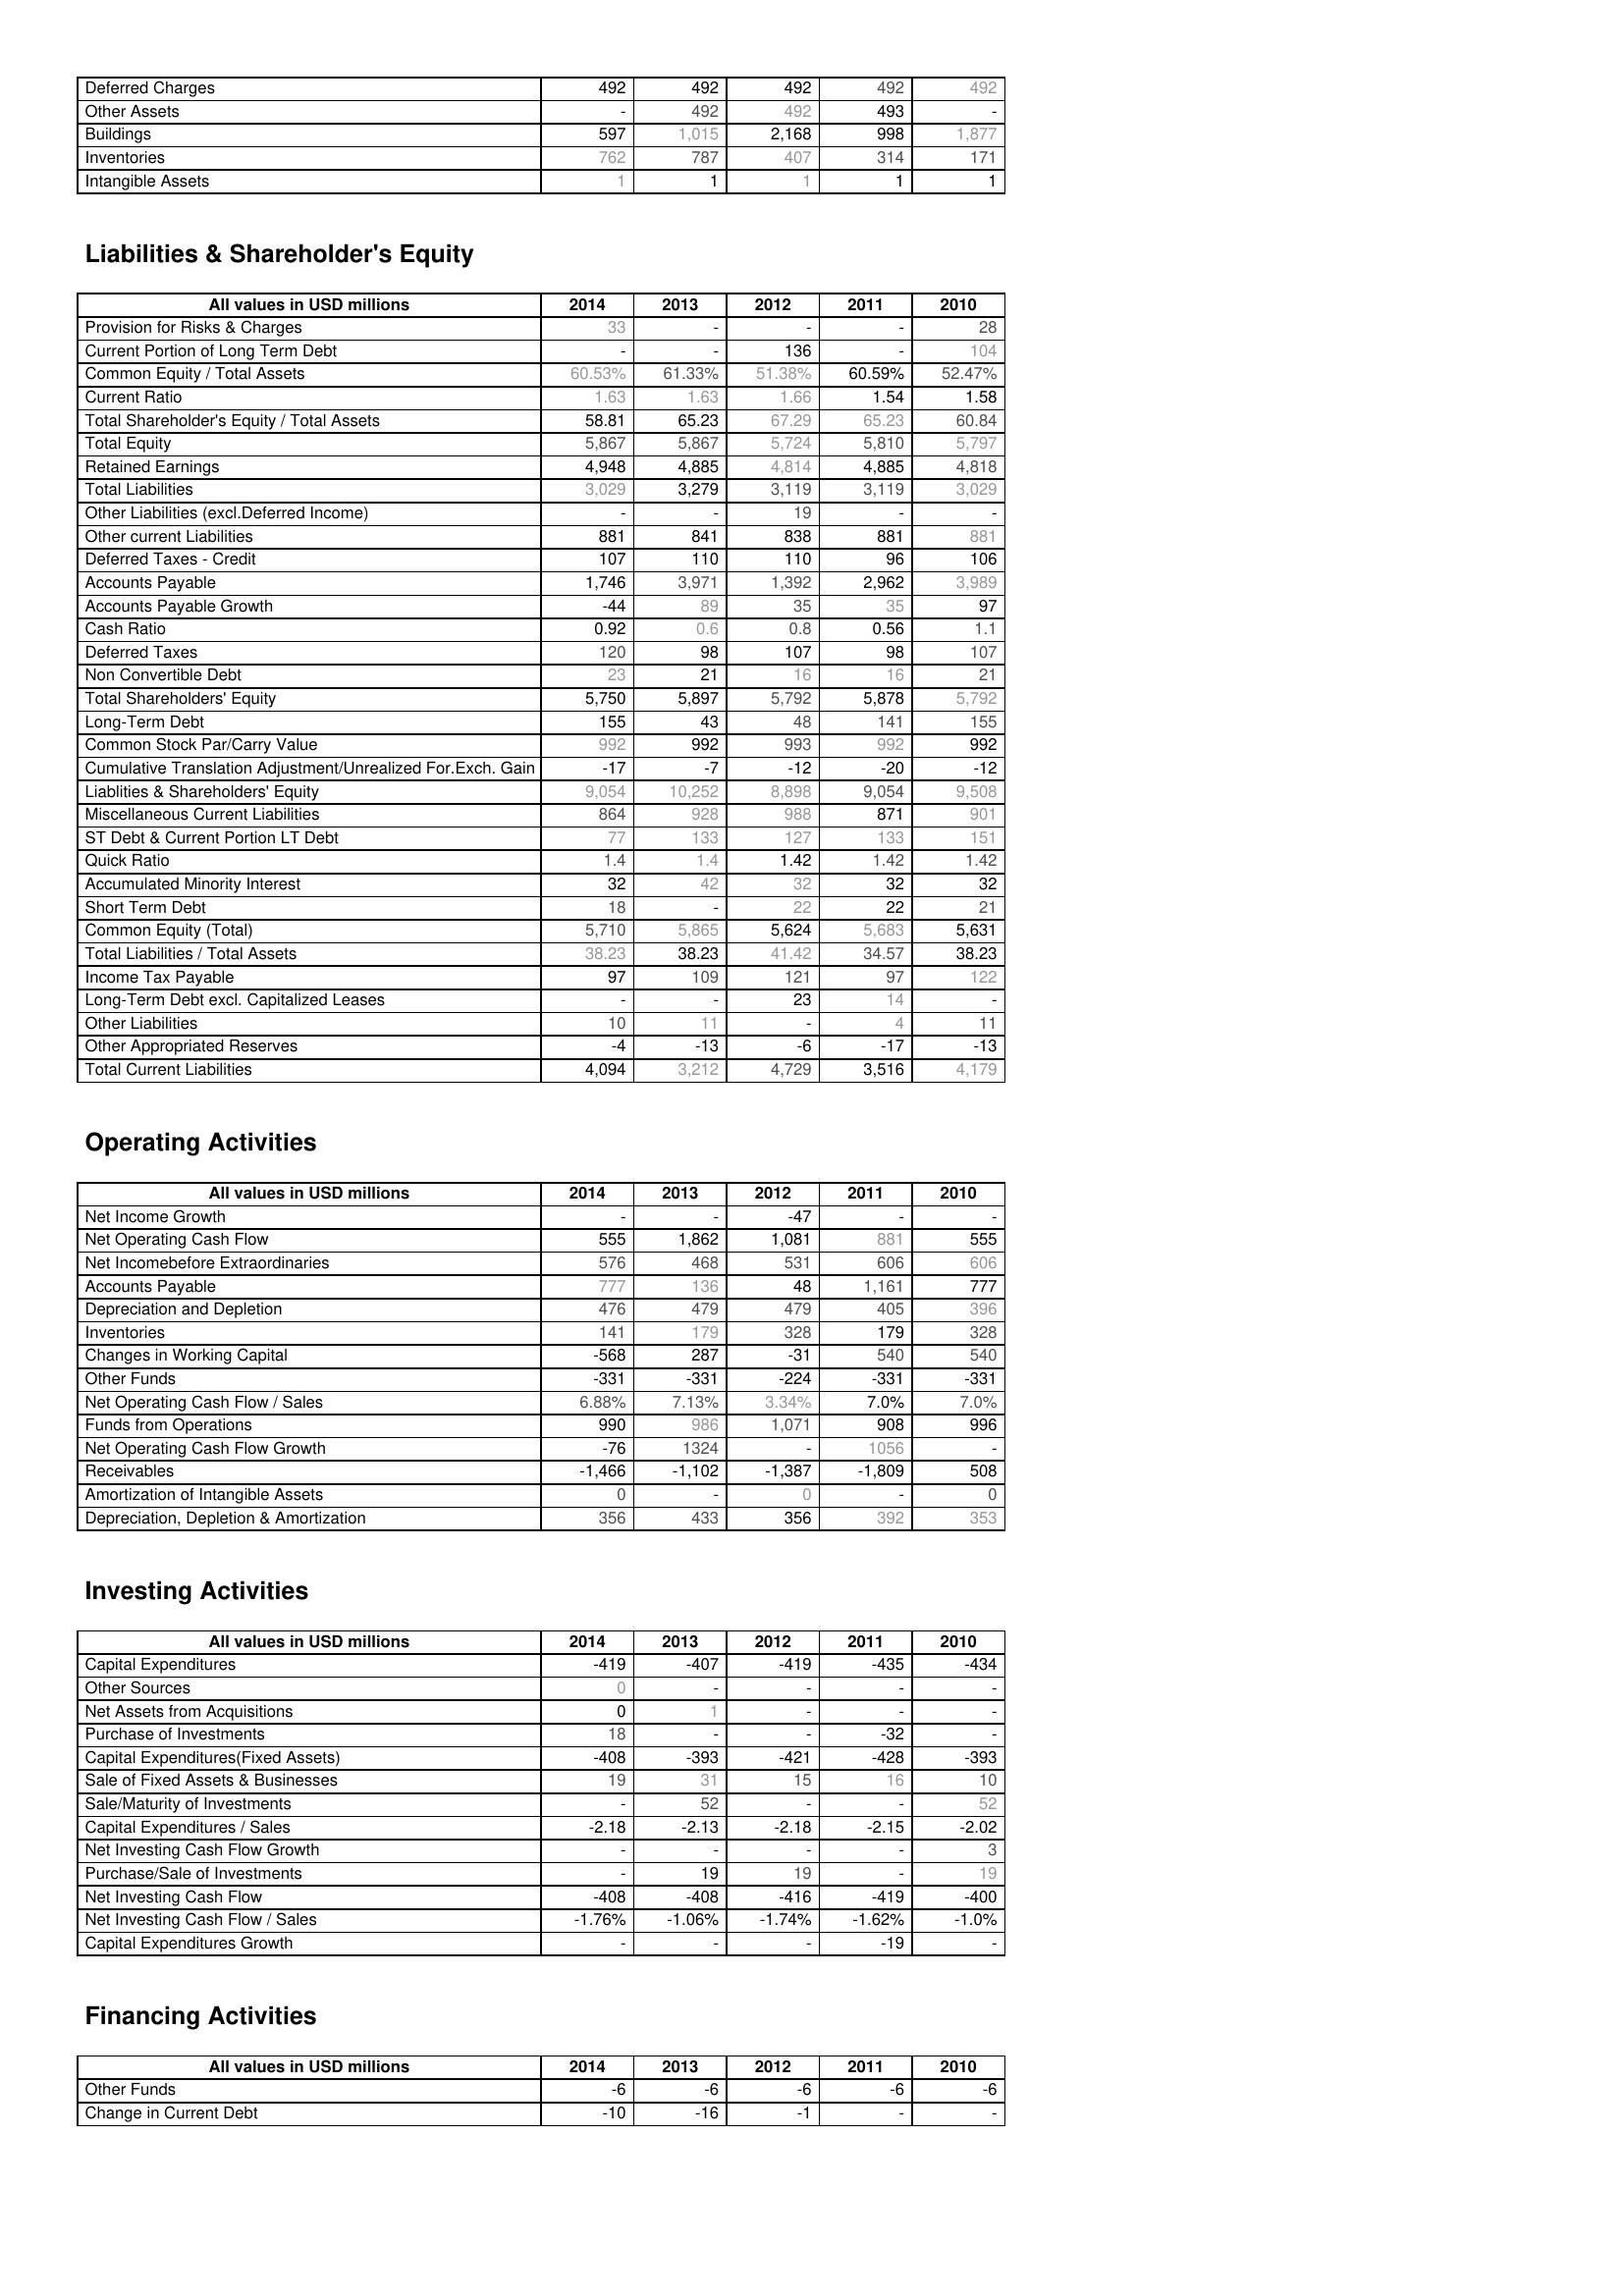
2014: Assets: Deferred Charges: 492
Other Assets: -
Buildings: 597
Inventories: 762
Intangible Assets: 1
Liabilities & Shareholder's Equity: Provision for Risks & Charges: 33
Current Portion of Long Term Debt: -
Common Equity / Total Assets: 60.53%
Current Ratio: 1.63
Total Shareholder's Equity / Total Assets: 58.81
Total Equity: 5,867
Retained Earnings: 4,948
Total Liabilities: 3,029
Other Liabilities (excl.Deferred Income): -
Other current Liabilities: 881
Deferred Taxes - Credit: 107
Accounts Payable: 1,746
Accounts Payable Growth: -44
Cash Ratio: 0.92
Deferred Taxes: 120
Non Convertible Debt: 23
Total Shareholders' Equity: 5,750
Long-Term Debt: 155
Common Stock Par/Carry Value: 992
Cumulative Translation Adjustment/Unrealized For.Exch. Gain: -17
Liablities & Shareholders' Equity: 9,054
Miscellaneous Current Liabilities: 864
ST Debt & Current Portion LT Debt: 77
Quick Ratio: 1.4
Accumulated Minority Interest: 32
Short Term Debt: 18
Common Equity (Total): 5,710
Total Liabilities / Total Assets: 38.23
Income Tax Payable: 97
Long-Term Debt excl. Capitalized Leases: -
Other Liabilities: 10
Other Appropriated Reserves: -4
Total Current Liabilities: 4,094
Operating Activities: Net Income Growth: -
Net Operating Cash Flow: 555
Net Incomebefore Extraordinaries: 576
Accounts Payable: 777
Depreciation and Depletion: 476
Inventories: 141
Changes in Working Capital: -568
Other Funds: -331
Net Operating Cash Flow / Sales: 6.88%
Funds from Operations: 990
Net Operating Cash Flow Growth: -76
Receivables: -1,466
Amortization of Intangible Assets: 0
Depreciation, Depletion & Amortization: 356
Investing Activities: Capital Expenditures: -419
Other Sources: 0
Net Assets from Acquisitions: 0
Purchase of Investments: 18
Capital Expenditures(Fixed Assets): -408
Sale of Fixed Assets & Businesses: 19
Sale/Maturity of Investments: -
Capital Expenditures / Sales: -2.18
Net Investing Cash Flow Growth: -
Purchase/Sale of Investments: -
Net Investing Cash Flow: -408
Net Investing Cash Flow / Sales: -1.76%
Capital Expenditures Growth: -
Financing Activities: Other Funds: -6
Change in Current Debt: -10
2013: Assets: Deferred Charges: 492
Other Assets: 492
Buildings: 1,015
Inventories: 787
Intangible Assets: 1
Liabilities & Shareholder's Equity: Provision for Risks & Charges: -
Current Portion of Long Term Debt: -
Common Equity / Total Assets: 61.33%
Current Ratio: 1.63
Total Shareholder's Equity / Total Assets: 65.23
Total Equity: 5,867
Retained Earnings: 4,885
Total Liabilities: 3,279
Other Liabilities (excl.Deferred Income): -
Other current Liabilities: 841
Deferred Taxes - Credit: 110
Accounts Payable: 3,971
Accounts Payable Growth: 89
Cash Ratio: 0.6
Deferred Taxes: 98
Non Convertible Debt: 21
Total Shareholders' Equity: 5,897
Long-Term Debt: 43
Common Stock Par/Carry Value: 992
Cumulative Translation Adjustment/Unrealized For.Exch. Gain: -7
Liablities & Shareholders' Equity: 10,252
Miscellaneous Current Liabilities: 928
ST Debt & Current Portion LT Debt: 133
Quick Ratio: 1.4
Accumulated Minority Interest: 42
Short Term Debt: -
Common Equity (Total): 5,865
Total Liabilities / Total Assets: 38.23
Income Tax Payable: 109
Long-Term Debt excl. Capitalized Leases: -
Other Liabilities: 11
Other Appropriated Reserves: -13
Total Current Liabilities: 3,212
Operating Activities: Net Income Growth: -
Net Operating Cash Flow: 1,862
Net Incomebefore Extraordinaries: 468
Accounts Payable: 136
Depreciation and Depletion: 479
Inventories: 179
Changes in Working Capital: 287
Other Funds: -331
Net Operating Cash Flow / Sales: 7.13%
Funds from Operations: 986
Net Operating Cash Flow Growth: 1324
Receivables: -1,102
Amortization of Intangible Assets: -
Depreciation, Depletion & Amortization: 433
Investing Activities: Capital Expenditures: -407
Other Sources: -
Net Assets from Acquisitions: 1
Purchase of Investments: -
Capital Expenditures(Fixed Assets): -393
Sale of Fixed Assets & Businesses: 31
Sale/Maturity of Investments: 52
Capital Expenditures / Sales: -2.13
Net Investing Cash Flow Growth: -
Purchase/Sale of Investments: 19
Net Investing Cash Flow: -408
Net Investing Cash Flow / Sales: -1.06%
Capital Expenditures Growth: -
Financing Activities: Other Funds: -6
Change in Current Debt: -16
2012: Assets: Deferred Charges: 492
Other Assets: 492
Buildings: 2,168
Inventories: 407
Intangible Assets: 1
Liabilities & Shareholder's Equity: Provision for Risks & Charges: -
Current Portion of Long Term Debt: 136
Common Equity / Total Assets: 51.38%
Current Ratio: 1.66
Total Shareholder's Equity / Total Assets: 67.29
Total Equity: 5,724
Retained Earnings: 4,814
Total Liabilities: 3,119
Other Liabilities (excl.Deferred Income): 19
Other current Liabilities: 838
Deferred Taxes - Credit: 110
Accounts Payable: 1,392
Accounts Payable Growth: 35
Cash Ratio: 0.8
Deferred Taxes: 107
Non Convertible Debt: 16
Total Shareholders' Equity: 5,792
Long-Term Debt: 48
Common Stock Par/Carry Value: 993
Cumulative Translation Adjustment/Unrealized For.Exch. Gain: -12
Liablities & Shareholders' Equity: 8,898
Miscellaneous Current Liabilities: 988
ST Debt & Current Portion LT Debt: 127
Quick Ratio: 1.42
Accumulated Minority Interest: 32
Short Term Debt: 22
Common Equity (Total): 5,624
Total Liabilities / Total Assets: 41.42
Income Tax Payable: 121
Long-Term Debt excl. Capitalized Leases: 23
Other Liabilities: -
Other Appropriated Reserves: -6
Total Current Liabilities: 4,729
Operating Activities: Net Income Growth: -47
Net Operating Cash Flow: 1,081
Net Incomebefore Extraordinaries: 531
Accounts Payable: 48
Depreciation and Depletion: 479
Inventories: 328
Changes in Working Capital: -31
Other Funds: -224
Net Operating Cash Flow / Sales: 3.34%
Funds from Operations: 1,071
Net Operating Cash Flow Growth: -
Receivables: -1,387
Amortization of Intangible Assets: 0
Depreciation, Depletion & Amortization: 356
Investing Activities: Capital Expenditures: -419
Other Sources: -
Net Assets from Acquisitions: -
Purchase of Investments: -
Capital Expenditures(Fixed Assets): -421
Sale of Fixed Assets & Businesses: 15
Sale/Maturity of Investments: -
Capital Expenditures / Sales: -2.18
Net Investing Cash Flow Growth: -
Purchase/Sale of Investments: 19
Net Investing Cash Flow: -416
Net Investing Cash Flow / Sales: -1.74%
Capital Expenditures Growth: -
Financing Activities: Other Funds: -6
Change in Current Debt: -1
2011: Assets: Deferred Charges: 492
Other Assets: 493
Buildings: 998
Inventories: 314
Intangible Assets: 1
Liabilities & Shareholder's Equity: Provision for Risks & Charges: -
Current Portion of Long Term Debt: -
Common Equity / Total Assets: 60.59%
Current Ratio: 1.54
Total Shareholder's Equity / Total Assets: 65.23
Total Equity: 5,810
Retained Earnings: 4,885
Total Liabilities: 3,119
Other Liabilities (excl.Deferred Income): -
Other current Liabilities: 881
Deferred Taxes - Credit: 96
Accounts Payable: 2,962
Accounts Payable Growth: 35
Cash Ratio: 0.56
Deferred Taxes: 98
Non Convertible Debt: 16
Total Shareholders' Equity: 5,878
Long-Term Debt: 141
Common Stock Par/Carry Value: 992
Cumulative Translation Adjustment/Unrealized For.Exch. Gain: -20
Liablities & Shareholders' Equity: 9,054
Miscellaneous Current Liabilities: 871
ST Debt & Current Portion LT Debt: 133
Quick Ratio: 1.42
Accumulated Minority Interest: 32
Short Term Debt: 22
Common Equity (Total): 5,683
Total Liabilities / Total Assets: 34.57
Income Tax Payable: 97
Long-Term Debt excl. Capitalized Leases: 14
Other Liabilities: 4
Other Appropriated Reserves: -17
Total Current Liabilities: 3,516
Operating Activities: Net Income Growth: -
Net Operating Cash Flow: 881
Net Incomebefore Extraordinaries: 606
Accounts Payable: 1,161
Depreciation and Depletion: 405
Inventories: 179
Changes in Working Capital: 540
Other Funds: -331
Net Operating Cash Flow / Sales: 7.0%
Funds from Operations: 908
Net Operating Cash Flow Growth: 1056
Receivables: -1,809
Amortization of Intangible Assets: -
Depreciation, Depletion & Amortization: 392
Investing Activities: Capital Expenditures: -435
Other Sources: -
Net Assets from Acquisitions: -
Purchase of Investments: -32
Capital Expenditures(Fixed Assets): -428
Sale of Fixed Assets & Businesses: 16
Sale/Maturity of Investments: -
Capital Expenditures / Sales: -2.15
Net Investing Cash Flow Growth: -
Purchase/Sale of Investments: -
Net Investing Cash Flow: -419
Net Investing Cash Flow / Sales: -1.62%
Capital Expenditures Growth: -19
Financing Activities: Other Funds: -6
Change in Current Debt: -
2010: Assets: Deferred Charges: 492
Other Assets: -
Buildings: 1,877
Inventories: 171
Intangible Assets: 1
Liabilities & Shareholder's Equity: Provision for Risks & Charges: 28
Current Portion of Long Term Debt: 104
Common Equity / Total Assets: 52.47%
Current Ratio: 1.58
Total Shareholder's Equity / Total Assets: 60.84
Total Equity: 5,797
Retained Earnings: 4,818
Total Liabilities: 3,029
Other Liabilities (excl.Deferred Income): -
Other current Liabilities: 881
Deferred Taxes - Credit: 106
Accounts Payable: 3,989
Accounts Payable Growth: 97
Cash Ratio: 1.1
Deferred Taxes: 107
Non Convertible Debt: 21
Total Shareholders' Equity: 5,792
Long-Term Debt: 155
Common Stock Par/Carry Value: 992
Cumulative Translation Adjustment/Unrealized For.Exch. Gain: -12
Liablities & Shareholders' Equity: 9,508
Miscellaneous Current Liabilities: 901
ST Debt & Current Portion LT Debt: 151
Quick Ratio: 1.42
Accumulated Minority Interest: 32
Short Term Debt: 21
Common Equity (Total): 5,631
Total Liabilities / Total Assets: 38.23
Income Tax Payable: 122
Long-Term Debt excl. Capitalized Leases: -
Other Liabilities: 11
Other Appropriated Reserves: -13
Total Current Liabilities: 4,179
Operating Activities: Net Income Growth: -
Net Operating Cash Flow: 555
Net Incomebefore Extraordinaries: 606
Accounts Payable: 777
Depreciation and Depletion: 396
Inventories: 328
Changes in Working Capital: 540
Other Funds: -331
Net Operating Cash Flow / Sales: 7.0%
Funds from Operations: 996
Net Operating Cash Flow Growth: -
Receivables: 508
Amortization of Intangible Assets: 0
Depreciation, Depletion & Amortization: 353
Investing Activities: Capital Expenditures: -434
Other Sources: -
Net Assets from Acquisitions: -
Purchase of Investments: -
Capital Expenditures(Fixed Assets): -393
Sale of Fixed Assets & Businesses: 10
Sale/Maturity of Investments: 52
Capital Expenditures / Sales: -2.02
Net Investing Cash Flow Growth: 3
Purchase/Sale of Investments: 19
Net Investing Cash Flow: -400
Net Investing Cash Flow / Sales: -1.0%
Capital Expenditures Growth: -
Financing Activities: Other Funds: -6
Change in Current Debt: -